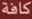
كافة